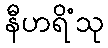
နီဟရိံသု